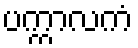
ပက္ကာလကံ